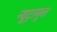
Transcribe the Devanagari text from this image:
न्यूट्रामूल